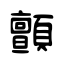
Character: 顫